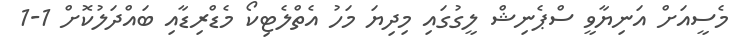
މެސީއަށް އަނިޔާވީ ސްޕެނިޝް ލީގުގައި މިދިޔަ މަހު އެތްލެޓިކޯ މެޑްރިޑާއި ބައްދަލުކޮށް 1-1